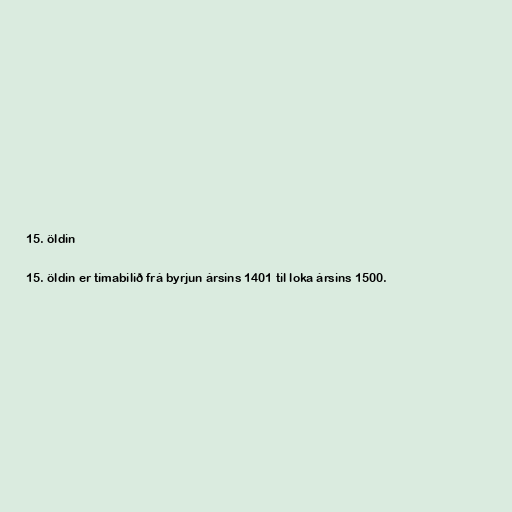
15. öldin

15. öldin er tímabilið frá byrjun ársins 1401 til loka ársins 1500.